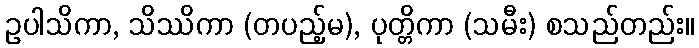
ဥပါသိကာ, သိဿိကာ (တပည့်မ), ပုတ္တိကာ (သမီး) စသည်တည်း။